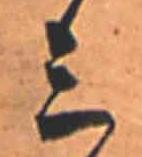
ミ